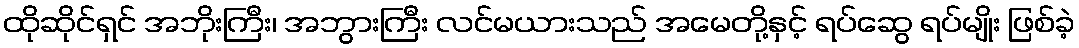
ထိုဆိုင်ရှင် အဘိုးကြီး၊ အဘွားကြီး လင်မယားသည် အမေတို့နှင့် ရပ်ဆွေ ရပ်မျိုး ဖြစ်ခဲ့